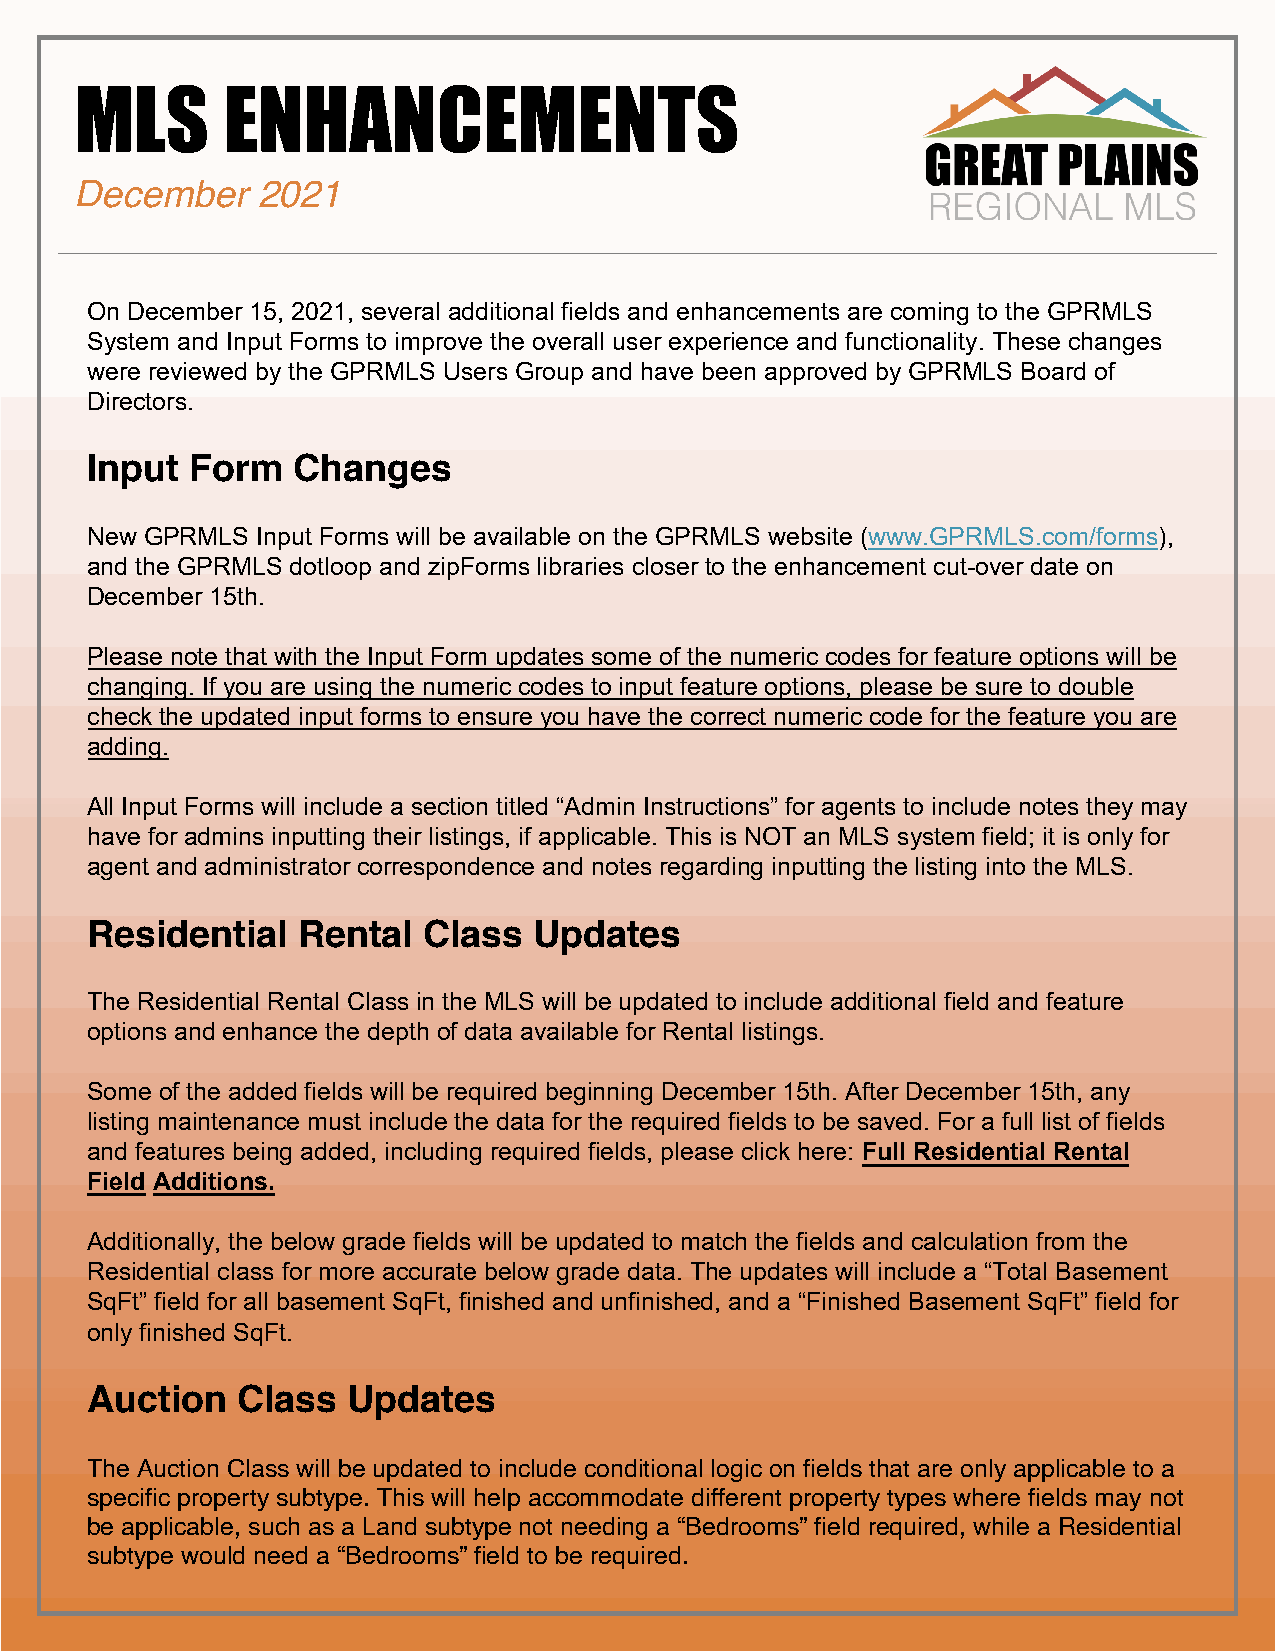
MLS       ENHANCEMENTS
 December    2021
 All embedded videos, like all other publicly viewable fields, must be unbranded and contain no
 On December 15, 2021, several additional fields and enhancements are coming to the GPRMLS
 information regarding the listing agent or listing agent’s company or third-party information as
 System and Input Forms to improve the overall user experience and functionality. These changes
 outlined in the GPRMLS Rules.
 were reviewed by the GPRMLS Users Group and have been approved by GPRMLS Board of
 Directors.
 Input  Form  Changes
 New GPRMLS Input Forms will be available on the GPRMLS website (www.GPRMLS.com/forms),
 and the GPRMLS dotloop and zipForms libraries closer to the enhancement cut-over date on
 December 15th.
 Please note that with the Input Form updates some of the numeric codes for feature options will be
 changing. If you are using the numeric codes to input feature options, please be sure to double
 check the updated input forms to ensure you have the correct numeric code for the feature you are
 adding.
 All Input Forms will include a section titled “Admin Instructions” for agents to include notes they may
 have for admins inputting their listings, if applicable. This is NOT an MLS system field; it is only for
 agent and administrator correspondence and notes regarding inputting the listing into the MLS.
 Residential   Rental  Class  Updates
 The Residential Rental Class in the MLS will be updated to include additional field and feature
 options and enhance the depth of data available for Rental listings.
 Some of the added fields will be required beginning December 15th. After December 15th, any
 listing maintenance must include the data for the required fields to be saved. For a full list of fields
 and features being added, including required fields, please click here: Full Residential Rental
 Field Additions.
 Additionally, the below grade fields will be updated to match the fields and calculation from the
 Residential class for more accurate below grade data. The updates will include a “Total Basement
 SqFt” field for all basement SqFt, finished and unfinished, and a “Finished Basement SqFt” field for
 only finished SqFt.
 Auction   Class  Updates
 The Auction Class will be updated to include conditional logic on fields that are only applicable to a
 specific property subtype. This will help accommodate different property types where fields may not
 be applicable, such as a Land subtype not needing a “Bedrooms” field required, while a Residential
 subtype would need a “Bedrooms” field to be required.